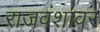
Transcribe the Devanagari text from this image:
राजवंशावर